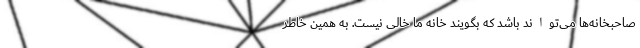
صاحبخانه‌ها می‌تواند باشد که بگویند خانه ما خالی نیست. به همین خاطر